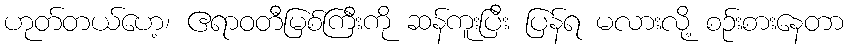
ဟုတ်တယ်ဟေ့၊ ဧရာဝတီမြစ်ကြီးကို ဆန်ကူးပြီး ပြန်ရ မလားလို့ စဉ်းစားနေတာ